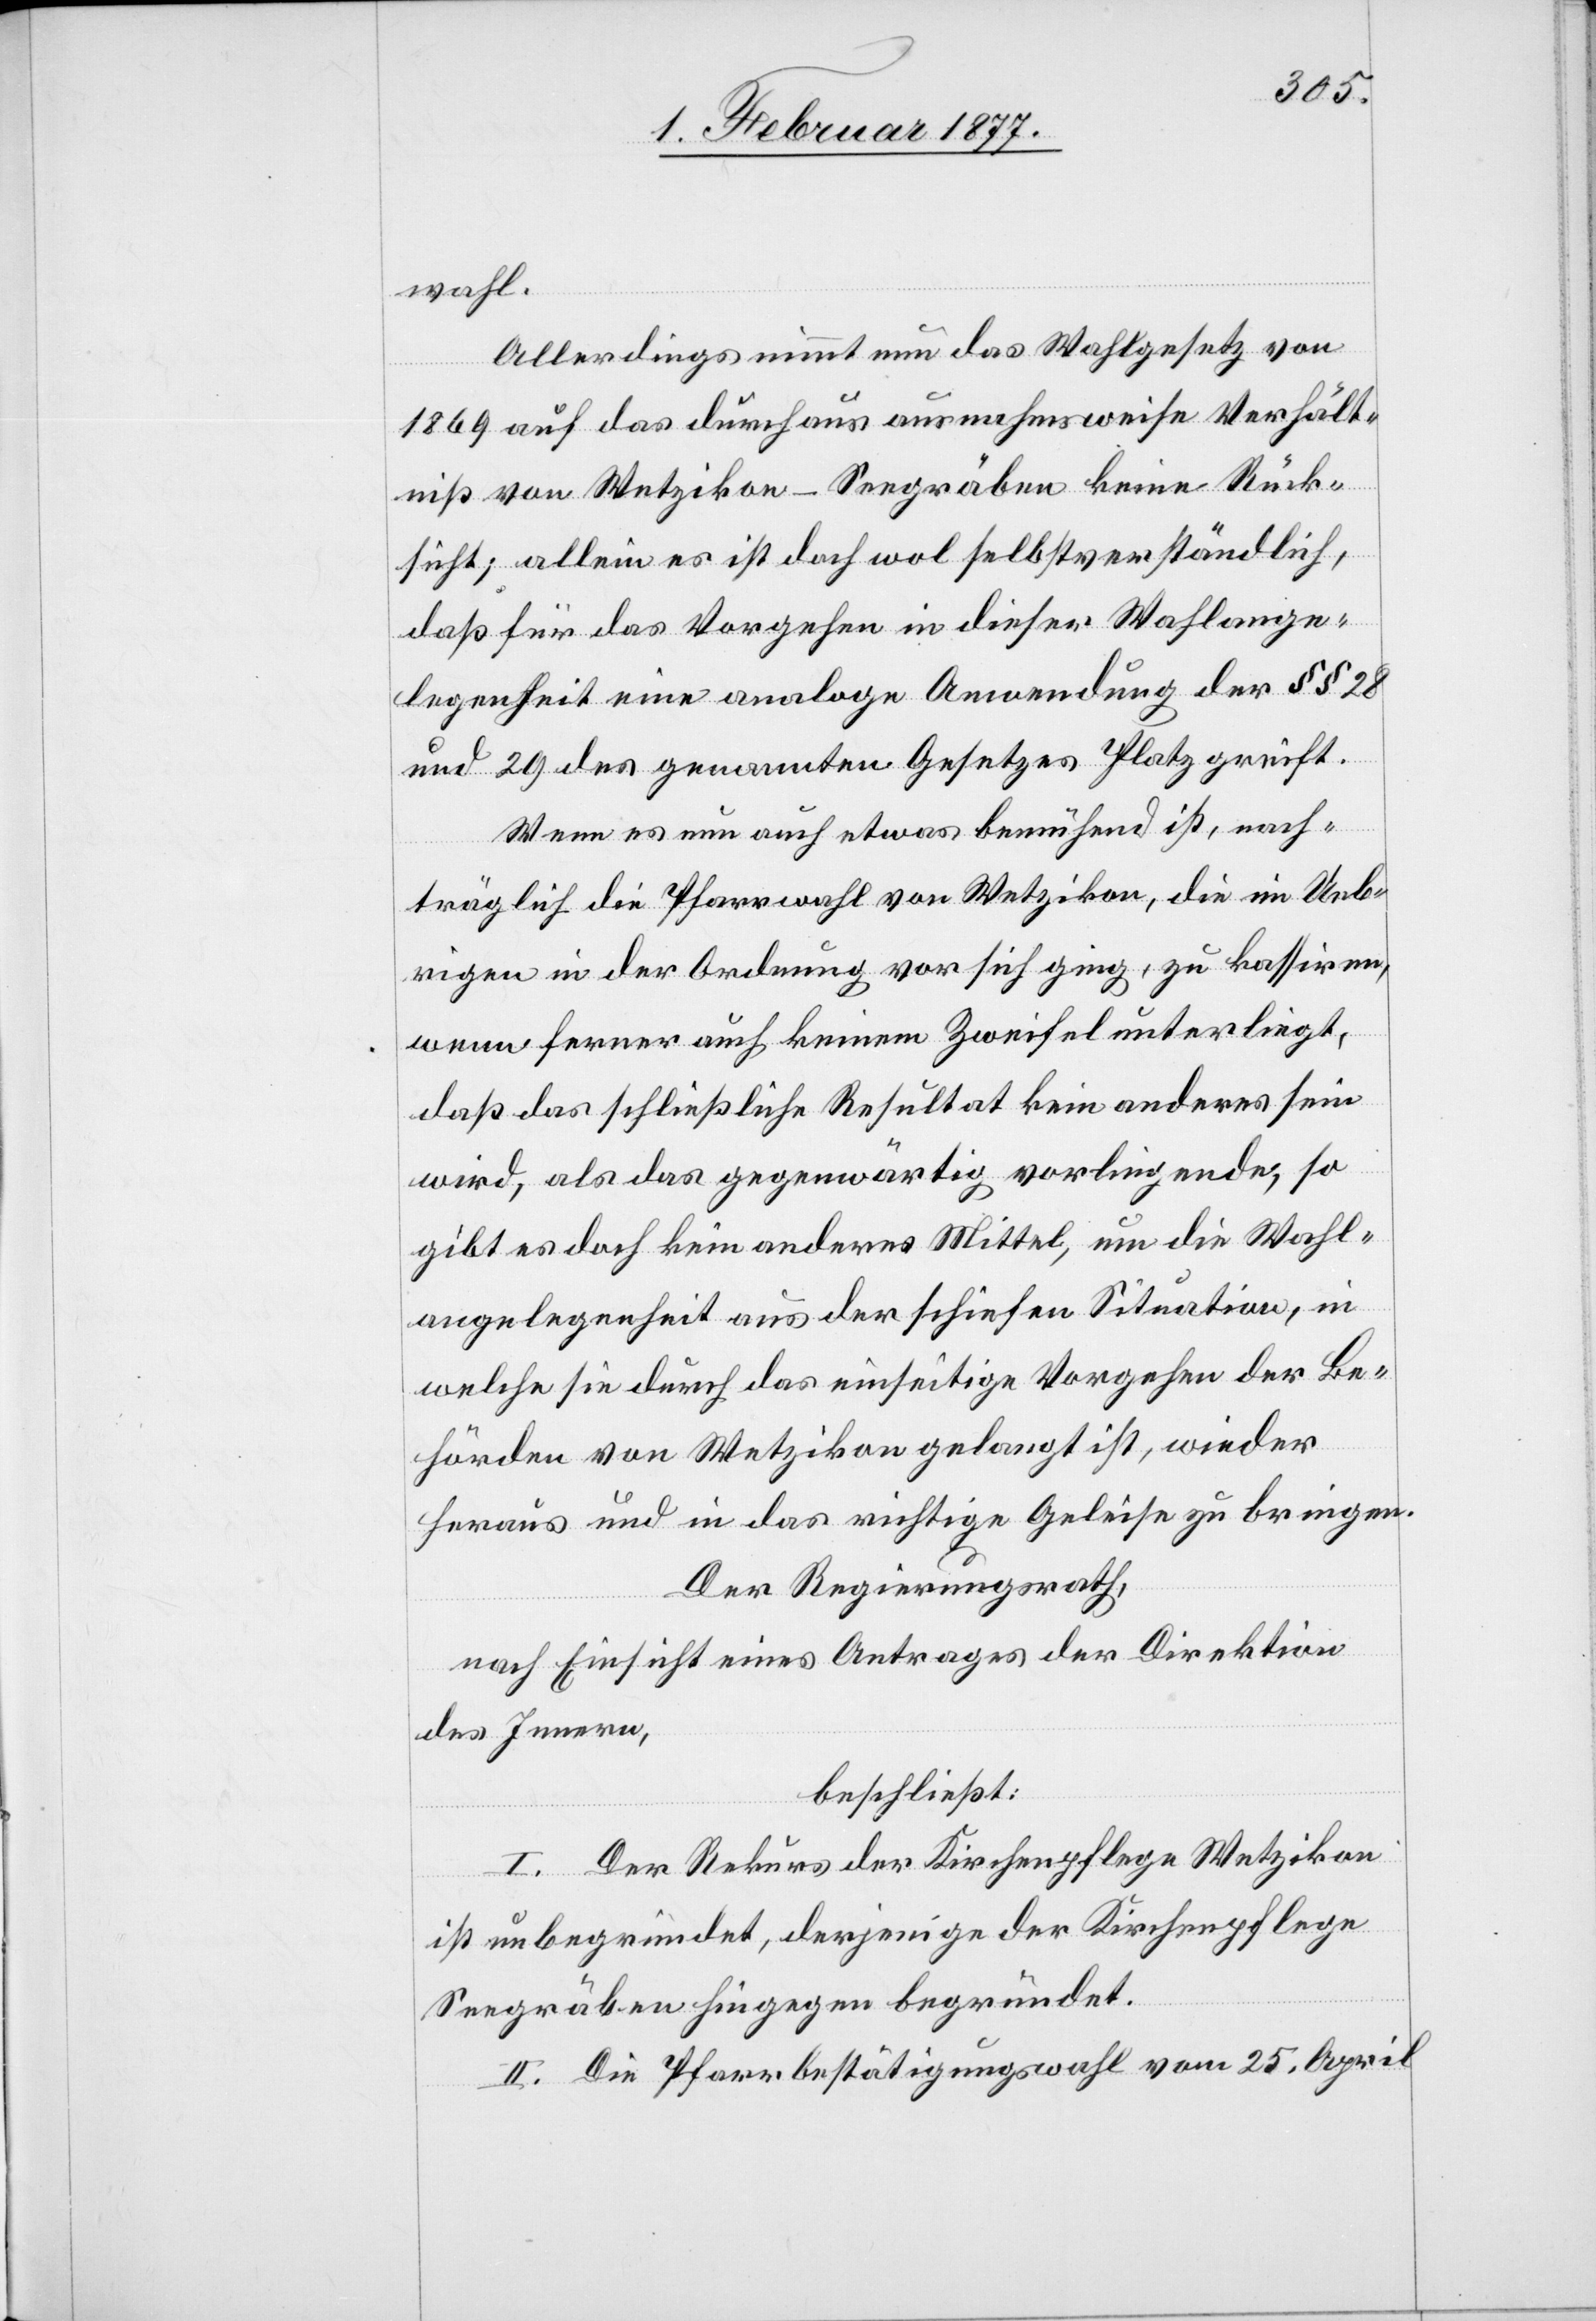
wahl.
Allerdings nimmt nun das Wahlgesetz von
1869 auf das durchaus ausnahmsweise Verhält¬
niß von Wetzikon-Seegräben keine Rück¬
sicht; allein es ist doch wol selbstverständlich,
daß für das Vorgehen in dieser Wahlange¬
legenheit eine analoge Anwendung der §§ 28
und 29 des genannten Gesetzes Platz greift.
Wenn es nun auch etwas bemühend ist, nach¬
träglich die Pfarrwahl von Wetzikon, die im Ueb¬
rigen in der Ordnung vor sich ging, zu kassiren,
wenn ferner auch keinem Zweifel unterliegt,
daß das schließliche Resultat kein anderes sein
wird, als das gegenwärtig vorliegende, so
gibt es doch kein anderes Mittel, um die Wahl¬
angelegenheit aus der schiefen Situation, in
welche sie durch das einseitige Vorgehen der Be¬
hörden von Wetzikon gelangt ist, wieder
heraus und in das richtige Geleise zu bringen.
Der Regierungsrath,
nach Einsicht eines Antrages der Direktion
des Innern,
beschließt:
I. Der Rekurs der Kirchenpflege Wetzikon
ist unbegründet, derjenige der Kirchenpflege
Seegräben hingegen begründet.
II. Die Pfarrbestätigungswahl vom 25. April